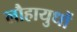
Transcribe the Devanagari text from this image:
लौहायुधों